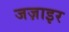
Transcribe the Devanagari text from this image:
जज़ाइर